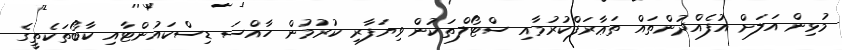
މުޅިން އަލަށް އުފެއްދުންތައް ތަޢާރަފްކުރުމާއި ސްޓޯލްތަކުން ވިޔަފާރި ކުރުމުން ހާއްސަ ޑިސްކައުންޓާއި ކާބޯތަކެތީގެ